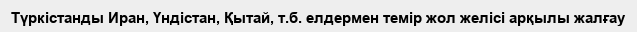
Түркістанды Иран, Үндістан, Қытай, т.б. елдермен темір жол желісі арқылы жалғау